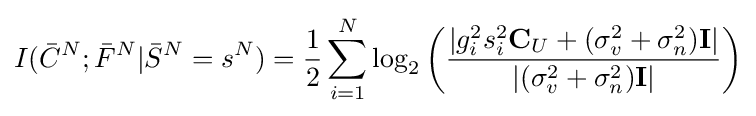
I({\bar {C}}^{N};{\bar {F}}^{N}|{\bar {S}}^{N}=s^{N})={\frac {1}{2}}\sum _{i=1}^{N}\log _{2}\left({\frac {|g_{i}^{2}s_{i}^{2}\mathbf {C} _{U}+(\sigma _{v}^{2}+\sigma _{n}^{2})\mathbf {I} |}{|(\sigma _{v}^{2}+\sigma _{n}^{2})\mathbf {I} |}}\right)